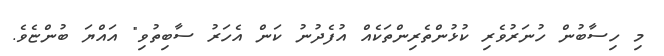
މި ހިސާބުން ހުނަރުވެރި ކުޅުންތެރިންތަކެއް އުފެދުނު ކަން އެހަރު ސާބިތުވި" އައްޔަ ބުންޏެވެ.